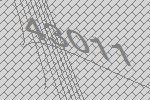
43011